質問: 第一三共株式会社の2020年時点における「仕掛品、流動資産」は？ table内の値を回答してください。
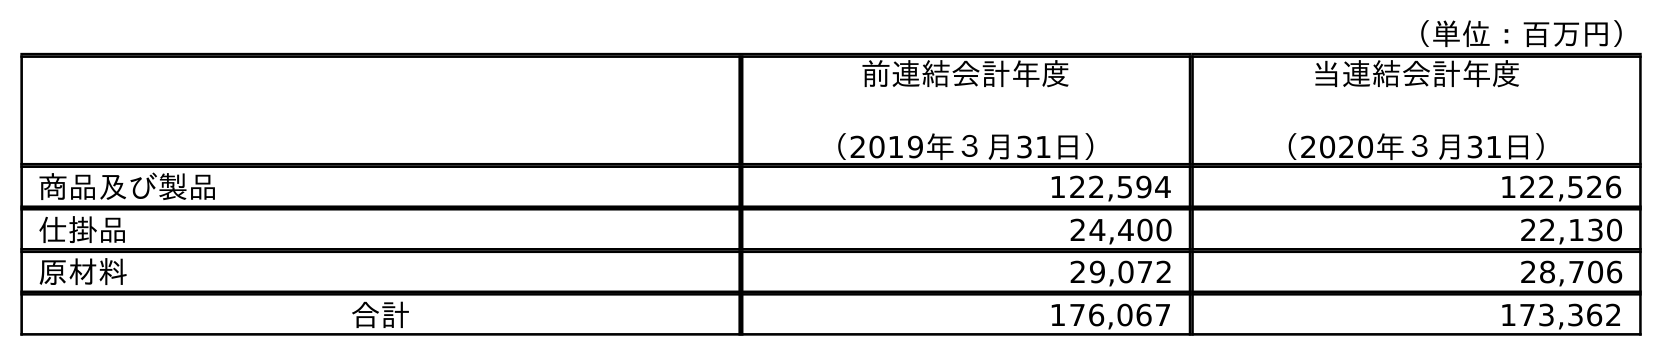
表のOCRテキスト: （単位：百万円） 前連結会計年度 （2019年３月31日） 当連結会計年度 （2020年３月31日） 商品及び製品 122,594 122,526 仕掛品 24,400 22,130 原材料 29,072 28,706 合計 176,067 173,362
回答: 22,130